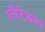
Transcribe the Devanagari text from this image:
ग्लेंटेक्स